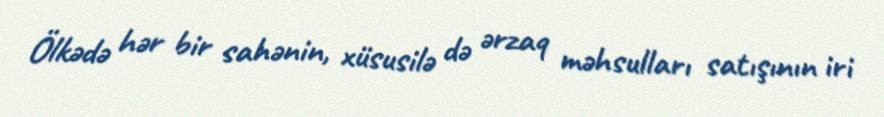
Ölkədə hər bir sahənin, xüsusilə də ərzaq məhsulları satışının iri